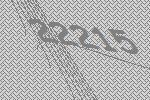
22215